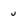
Character: u